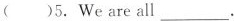
( )5.We are all___.